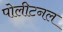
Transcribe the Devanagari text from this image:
पोलीटनल